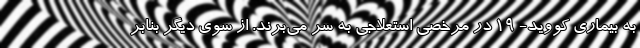
به بیماری کووید- ۱۹ در مرخصی استعلاجی به سر می‌برند. از سوی دیگر بنابر